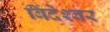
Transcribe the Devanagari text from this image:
बिंदेश्‍वर